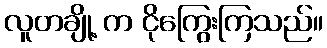
လူတချို့ က ငိုကြွေးကြသည်။